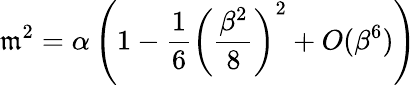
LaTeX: \mathfrak{m}^{2}=\alpha\left(1-\frac{{1}}{{6}}\left(\frac{{\beta^{2}}}{{8}}\right)^{2}+O(\beta^{6})\right)